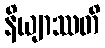
နိယျာဿတိ